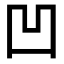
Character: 凹